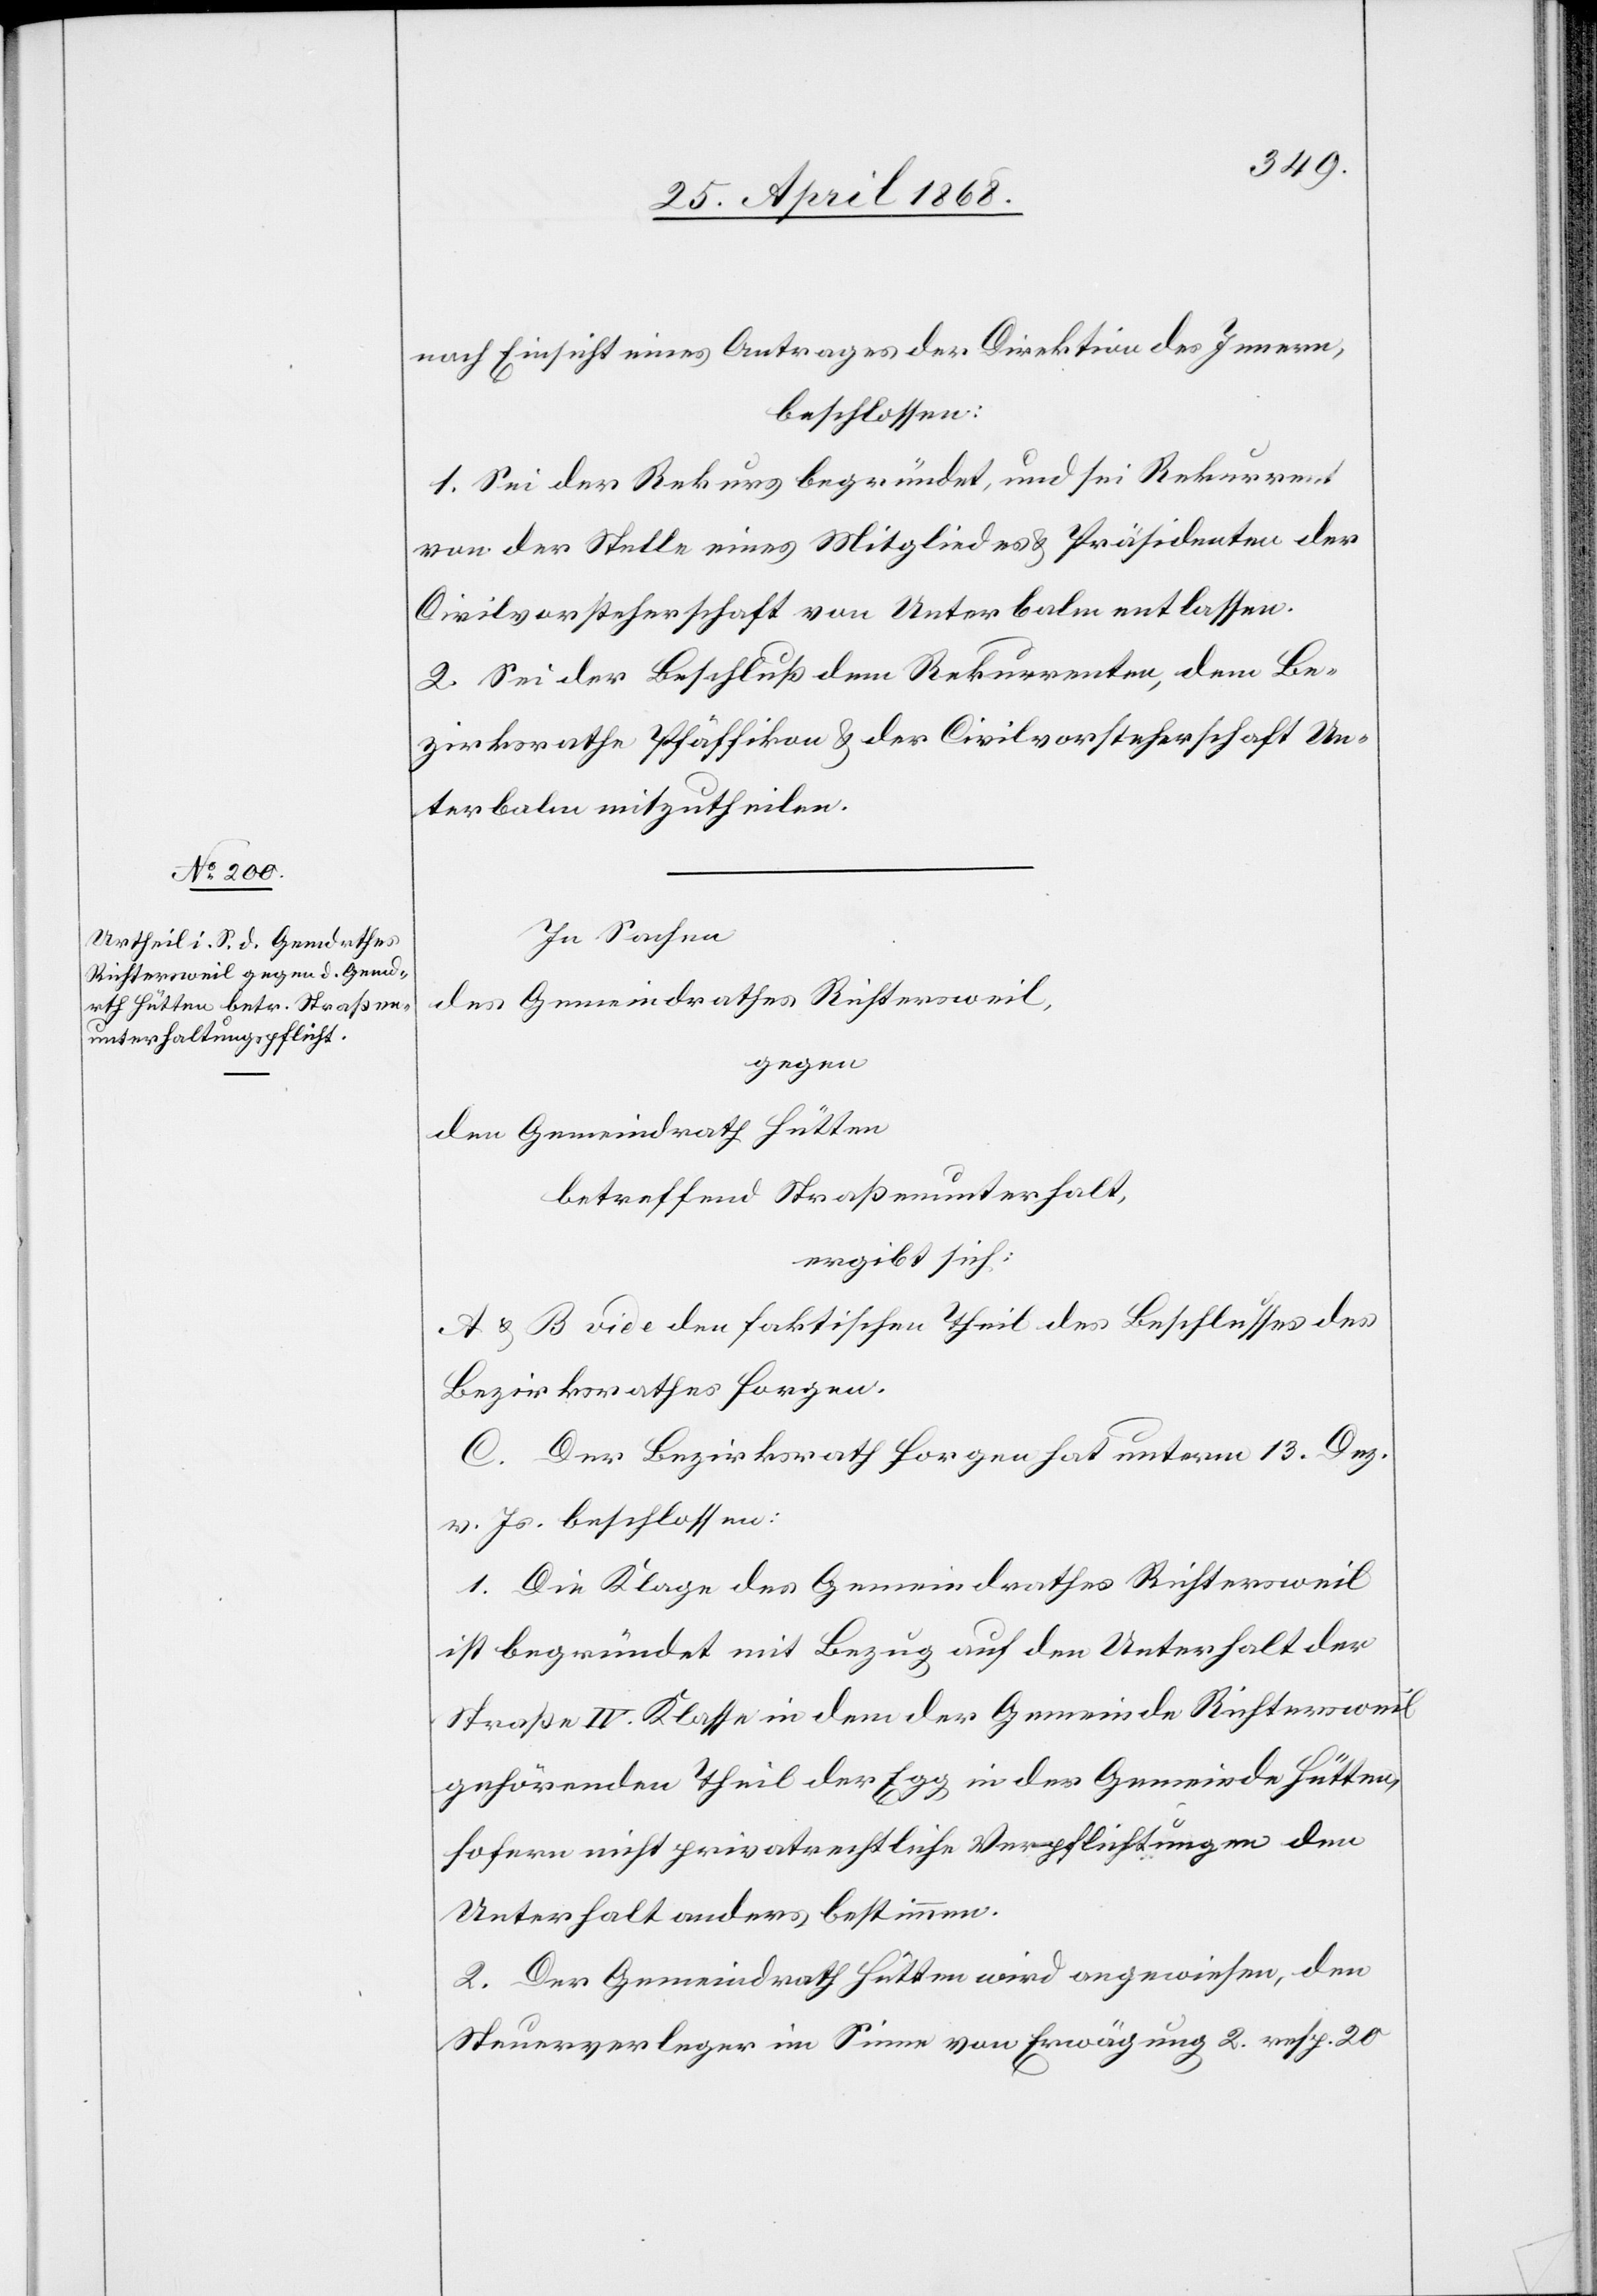
nach Einsicht eines Antrages der Direktion des Innern,
beschlossen:
1. Sei der Rekurs begründet, und sei Rekurrent
von der Stelle eines Mitgliedes & Präsidenten der
Civilvorsteherschaft von Unterbalm entlassen.
2. Sei der Beschluß dem Rekurrenten, dem Be¬
zirksrathe Pfäffikon & der Civilvorsteherschaft Un¬
terbalm mitzutheilen.
In Sachen
des Gemeindrathes Richtersweil,
gegen
den Gemeindrath Hütten
betreffend Straßenunterhalt,
ergibt sich:
A & B vide den faktischen Theil des Beschlusses des
Bezirksrathes Horgen.
C. Der Bezirksrath Horgen hat unterm 13. Dez.
v. Js. beschlossen:
1. Die Klage des Gemeindrathes Richtersweil
ist begründet mit Bezug auf den Unterhalt der
Straße IV. Klasse in dem der Gemeinde Richtersweil
gehörenden Theil der Egg in der Gemeinde Hütten,
sofern nicht privatrechtliche Verpflichtungen den
Unterhalt anders bestimmen.
2. Der Gemeindrath Hütten wird angewiesen, den
Steuerverleger im Sinne von Erwägung 2. resp. 20